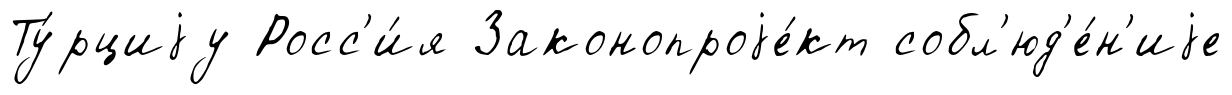
Ту́рциjу Росс'и́я Законопроjе́кт собл'юд'е́н'иjе